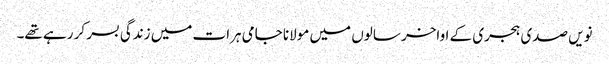
نویں صدی ہجری کے اواخر سالوں میں مولانا جامی ہرات میں زندگی بسر کر رہے تھے۔